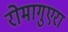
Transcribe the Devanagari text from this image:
रोमागुएरा